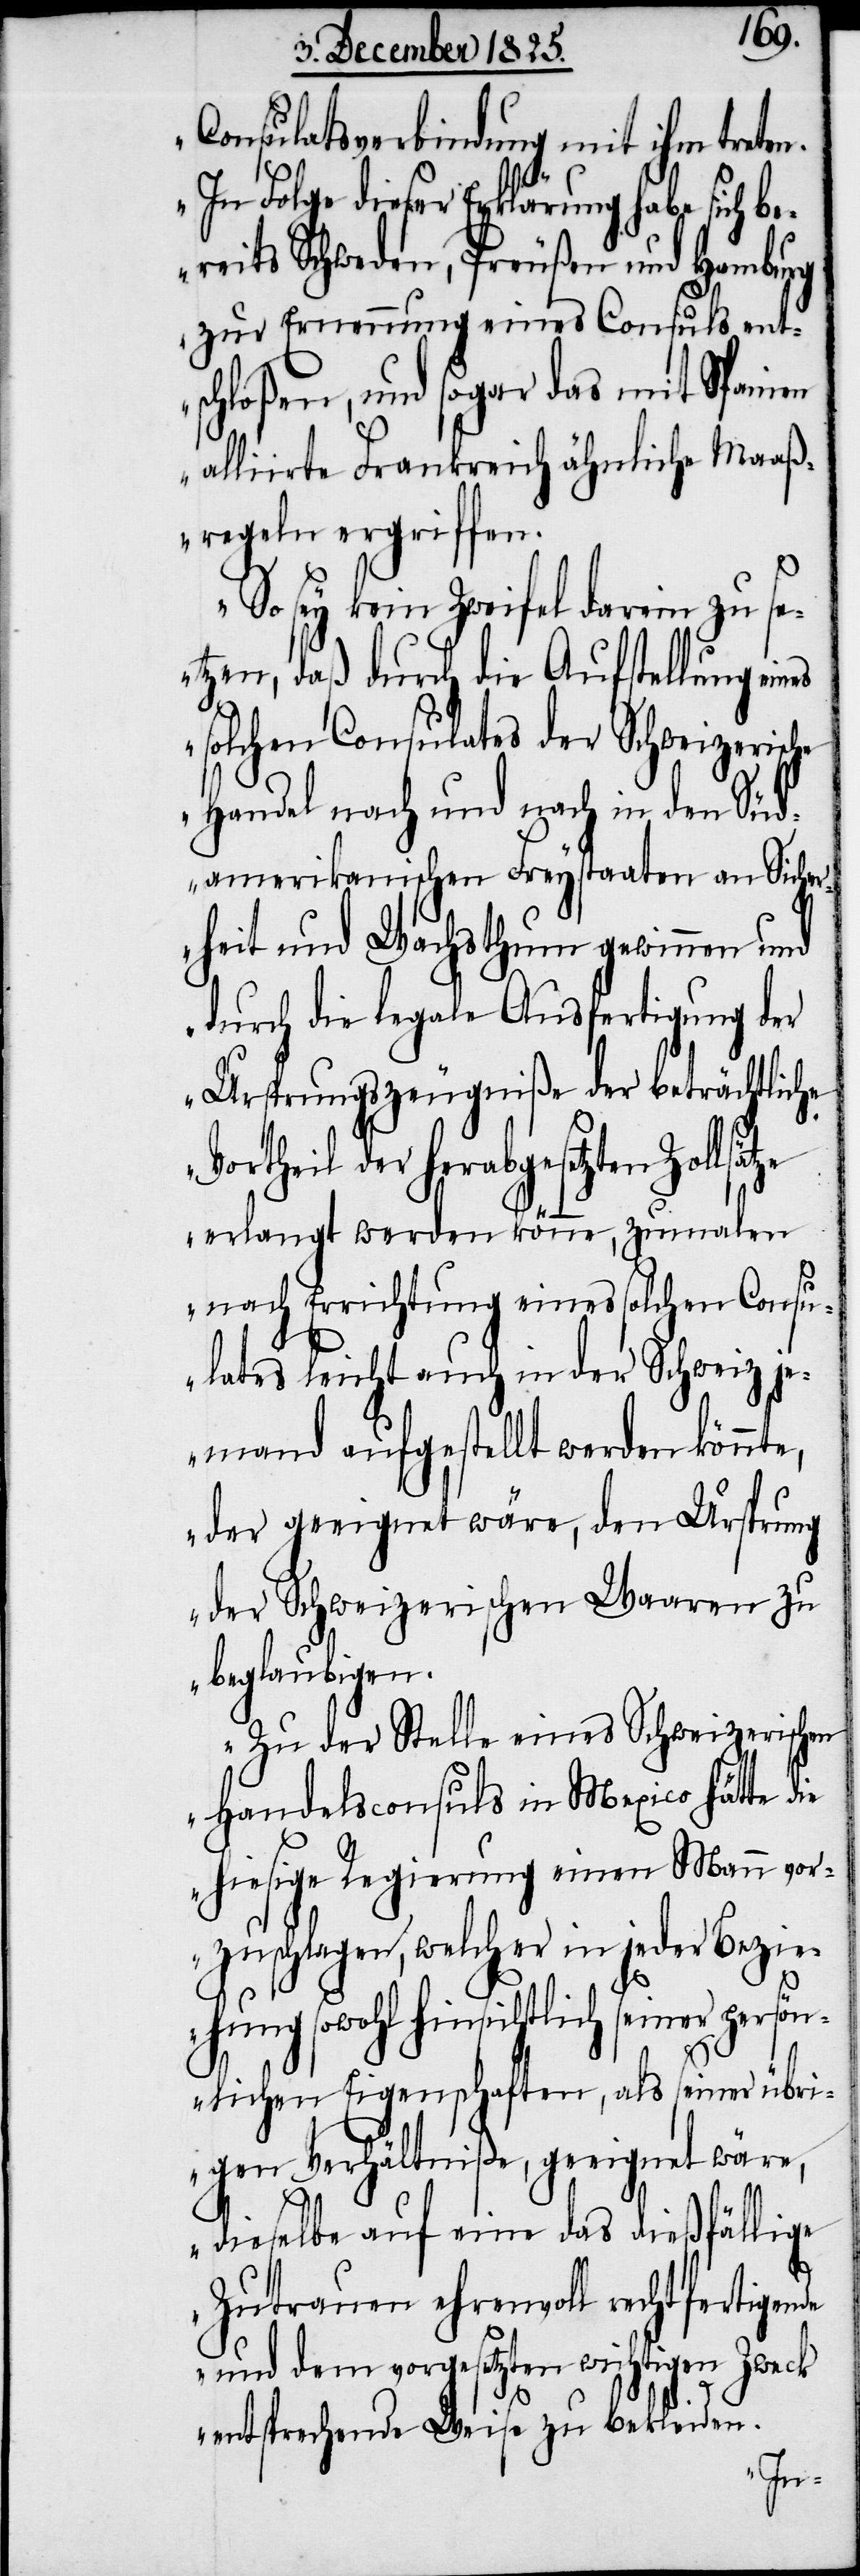
Consulatsverbindung mit ihm treten.
In Folge dieser Erklärung habe
bereits Schweden, Preußen und Hamburg
zur Ernennung eines Consuls ent¬
schloßen, und sogar das mit Spanien
alliirte Frankreich ähnliche Maaß¬
regeln ergriffen.
So sey kein Zweifel darin zu se¬
tzen, daß durch die Aufstellung eines
solchen Consulates der Schweizerische
Handel nach und nach in den Süd¬
amerikanischen Freystaaten an Sicher¬
heit und Wachsthum gewinnen und
durch die legale Ausfertigung der
Ursprungszeugniße der beträchtliche
Vortheil der herabgesetzten Zollsä¬
tze erlangt werden könne, zumalen
nach Errichtung eines solchen Consu¬
lates leicht auch in der Schweiz je¬
mand aufgestellt werden könnte,
der geeignet wäre, den Ursprung
der Schweizerischen Waaren zu
beglaubigen.
Zu der Stelle eines Schweizerischen
Handelsconsuls in Mexico hätte die
hiesige Regierung einen Mann vor¬
zuschlagen, welcher in jeder Bezie¬
hung sowohl hinsichtlich seiner pers¬
önlichen Eigenschaften, als seiner übri¬
gen Verhältniße, geeignet wäre,
dieselbe auf eine das dießfällige
Zutrauen ehrenvoll rechtfertigende
und dem vorgesetzten wichtigen Zweck
entsprechende Weise zu bekleiden.